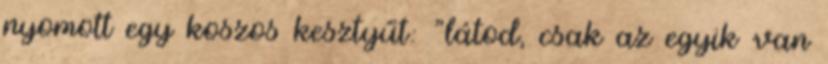
nyomott egy koszos kesztyűt: "látod, csak az egyik van